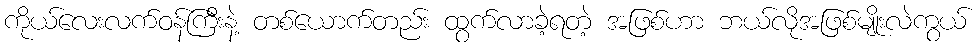
ကိုယ်လေးလက်ဝန်ကြီးနဲ့ တစ်ယောက်တည်း ထွက်လာခဲ့ရတဲ့ အဖြစ်ဟာ ဘယ်လိုအဖြစ်မျိုးလဲကွယ်